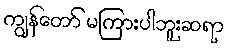
ကျွန်တော် မကြားပါဘူးဆရာ